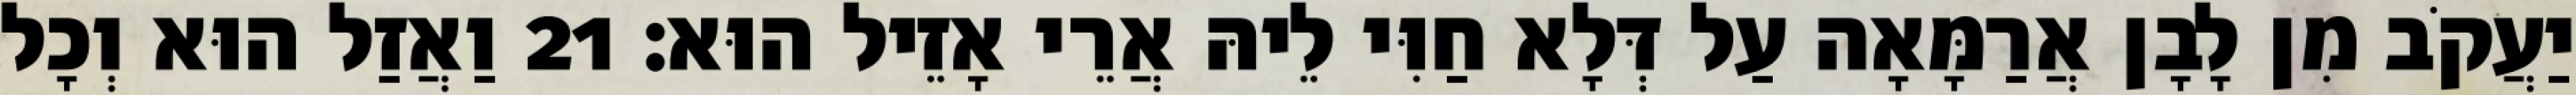
יַעֲקֹב מִן לָבָן אֲרַמָּאָה עַל דְּלָא חַוִּי לֵיהּ אֲרֵי אָזֵיל הוּא׃ 21 וַאֲזַל הוּא וְכָל